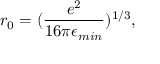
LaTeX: r _ { 0 } = ( \frac { e ^ { 2 } } { 1 6 \pi \epsilon _ { m i n } } ) ^ { 1 / 3 } ,